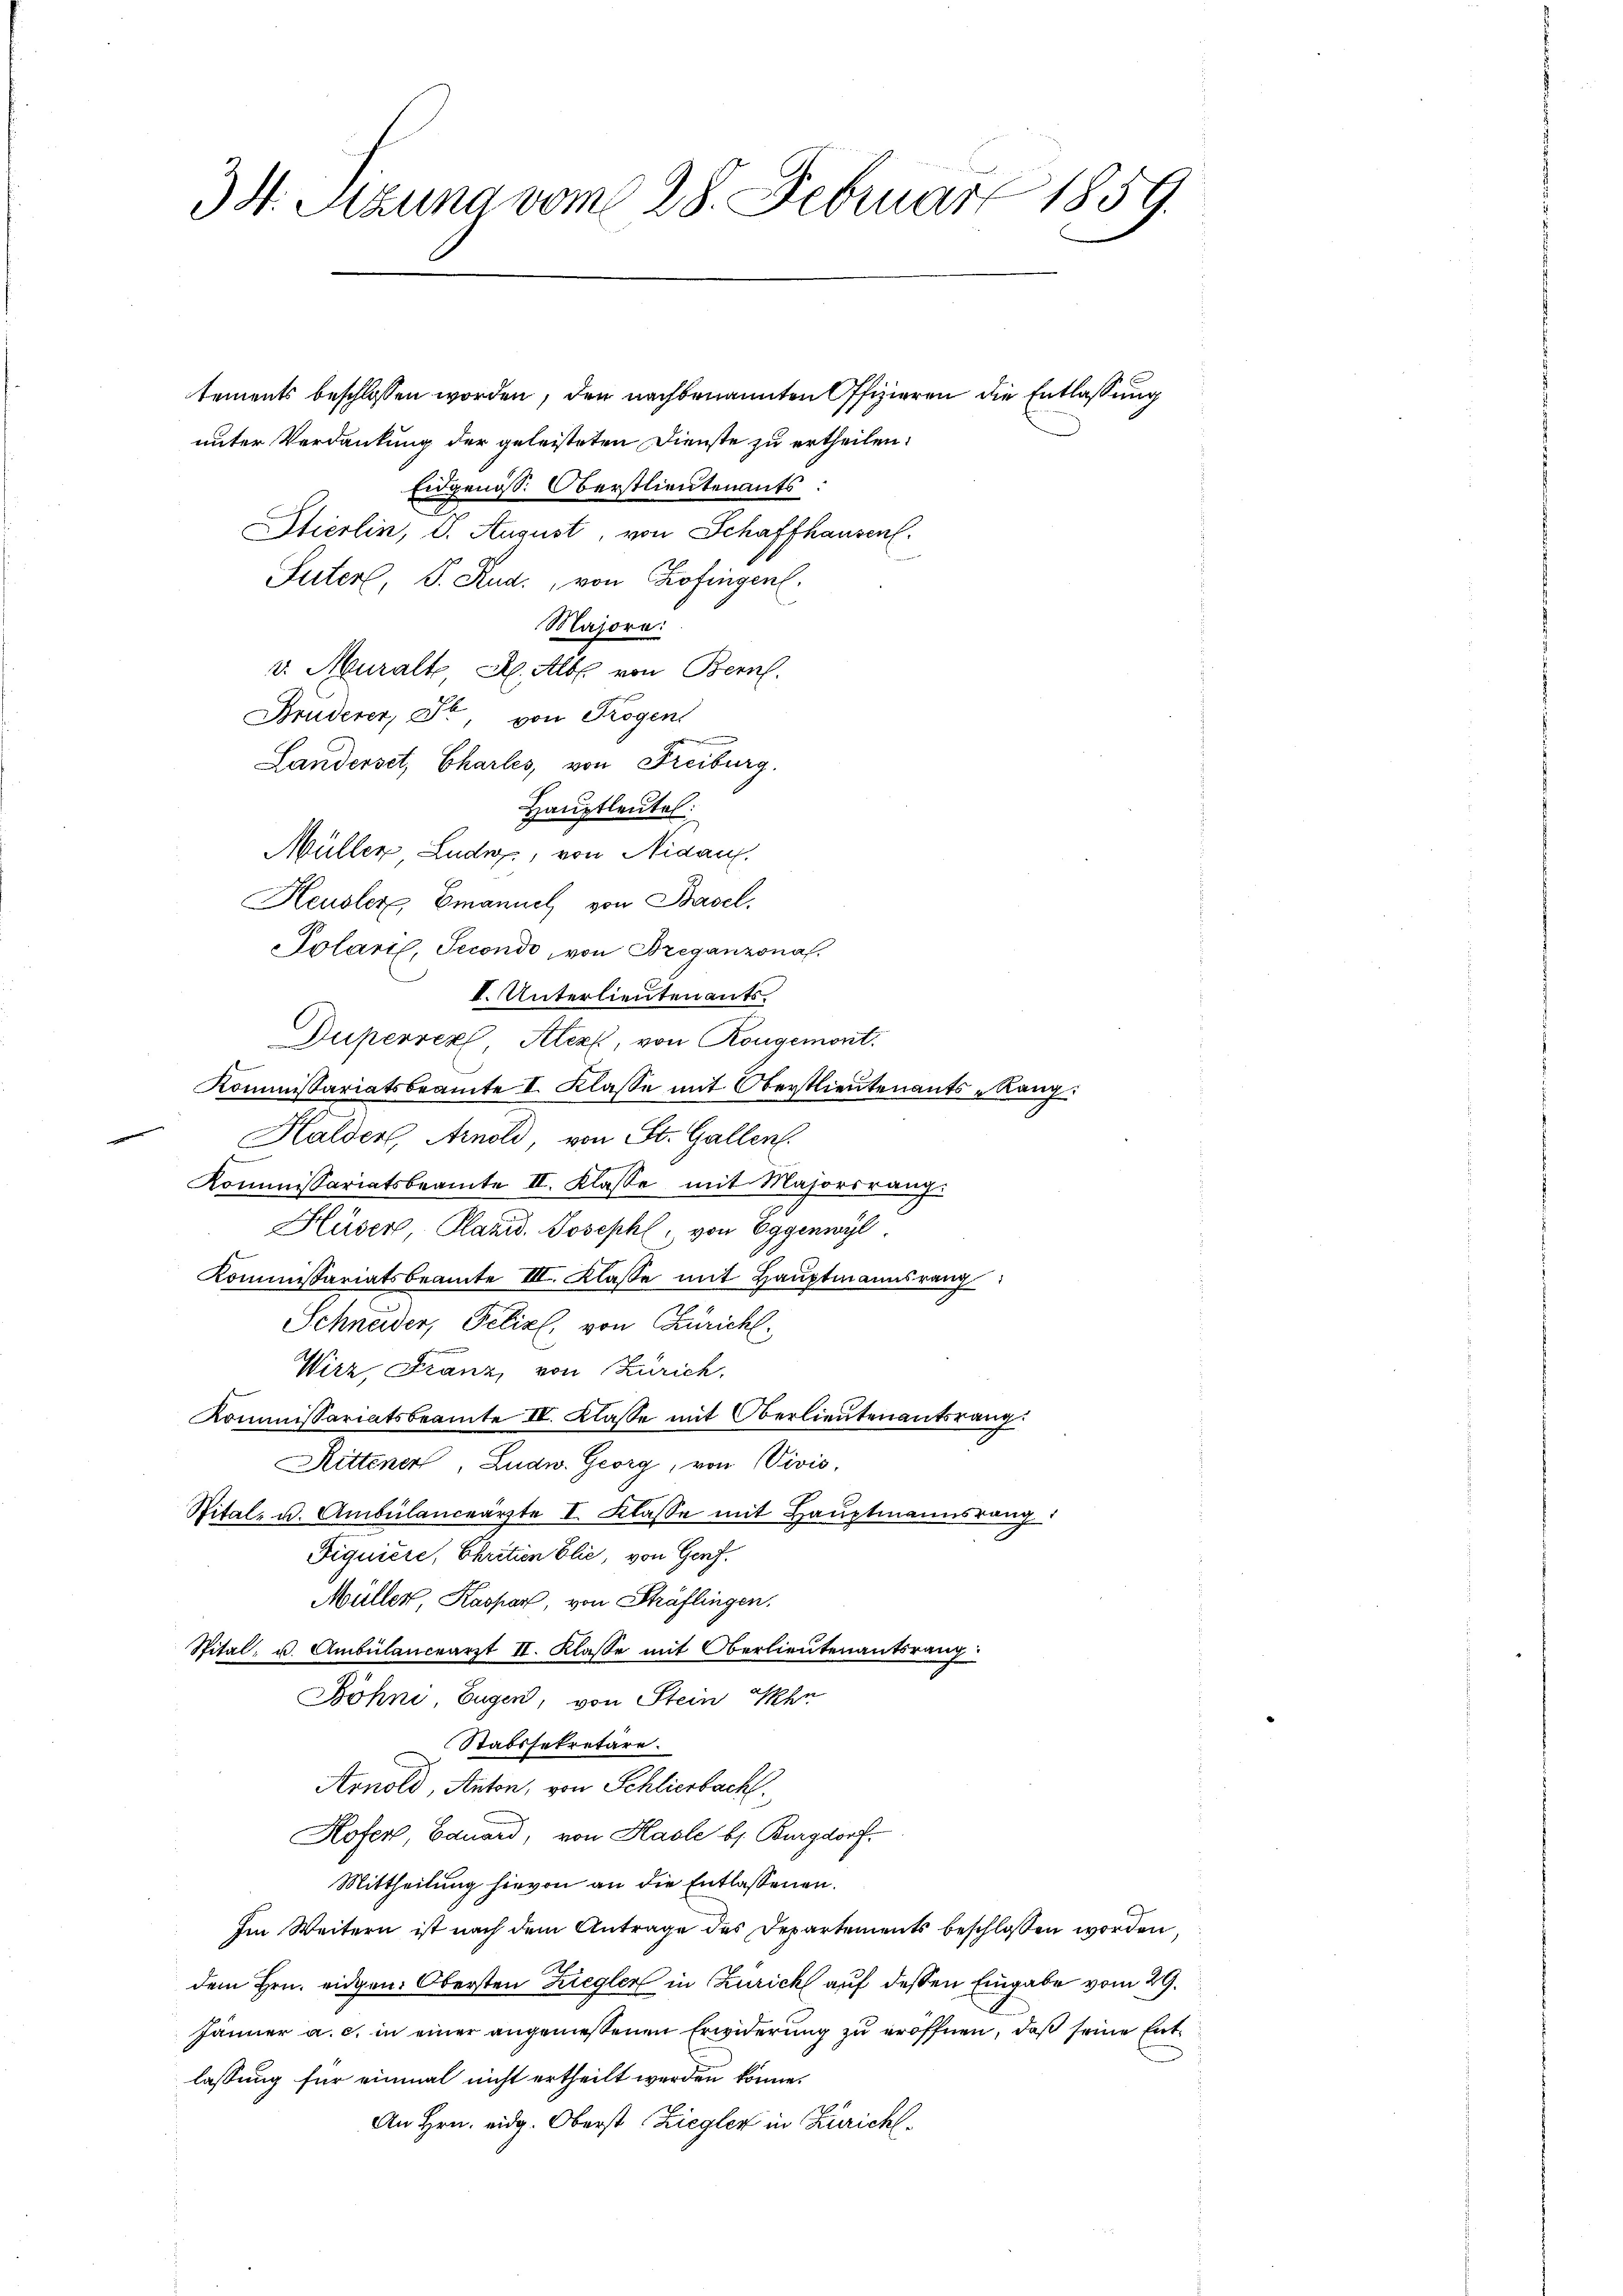
3 St. Sitzung vom 28. Februar 1859.

unter Verdankung der geleisteten Dienste zu ertheilen.
Eidgenöss. Oberstlieutenants:
e
Stierlin, S. August, von Schaffhausen.
Suter P. Rud., von Kofingen.
Majore:
v. Muralt, R. Alb. von Bern.
Bruderer, St. von Trogen
Landerset, Charles, von Freiburg.
Hauptleutel
Müller Lude, von Nidau,
Heusler, Emanuel von Basel
Solaris, Secondo, von Breganzona.
V. Unterlieuten aufs
Duperver, Alexk, von Rongemont.
Kommissariatsbeamte I. Klasse mit Oberstlieutenants-Rang:
"Halden, Arnold, von St. Gallen.
Kommissariatsbeamte II. Klasse mit Majorsrang.
Hüser, Planid. Joseph, von Eggenwyl
Kommissariatsbeamte III. Klasse mit Hauptmannsrang
Schneider, Felixl, von Zürich.
Wirz, Franz, von Zürich.
Kommissariatsbeamte IV. Klasse mit Oberlieutenantsrang.
Rittenen, Ludw. Georg, von Vivis,
Sital- u. Ambülanceärzte I. Klasse mit Hauptmannsrang
Fiquiere, Chritien blie, von Genf.
Müller, Kaspar, von Schäflingen.
Spital u. Ambülanceärzt II. Klasse mit Oberlieutenantsrang
Böhne, Eugen, von Stein Ihn
Stabssekretäre.
Arnold, Anton, von Schliesbach
Hofer, Bauard, von Hasle bs. Burgdorf.
Mittheilung hievon an die Entlassenen.
Im Weitern ist nach dem Antrage des Departements beschlossen worden,
dem Hrn. eidgen. Obersten Ziegler in Zürich auf deßen Eingabe vom 29.
Jänner a. c. in einer angeniessenen Erwiderung zu eröffnen, daß seine Entlassung für einmal nicht ertheilt werden könne.
An Hrn. eidg. Oberst Ziegler in Zürich¬

tements beschlossen worden, den nachbenannten Offizieren die Entlassung